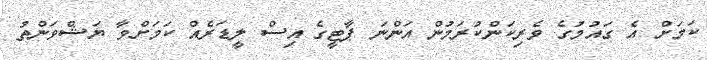
ކަމަށް އެ ގައުމުގެ ވެރިކަންކުރަމުން އަންނަ ޕާޓީގެ އިސް ލީޑަރެއް ކަމަށްވާ ޔަޝްވަންތު